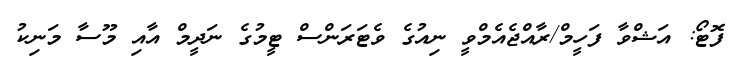
ފޮޓޯ: އަޝްވާ ފަހީމް/ރާއްޖެއެމްވީ ނިއުގެ ވެޓަރަންސް ޓީމުގެ ނަދީމް އާއި މޫސާ މަނިކު